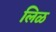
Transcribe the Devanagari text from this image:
लिळ